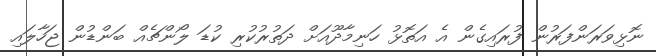
ނޮޅިވަރަންފަރުން ފުރައިގެން އެ އަތޮޅު ހަނިމާދޫއަށް ދަތުރުކުރި ކުޑަ ލޯންޗެއް ބަންޑުން ޖަހާލައި